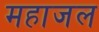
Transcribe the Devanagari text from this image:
महाजल